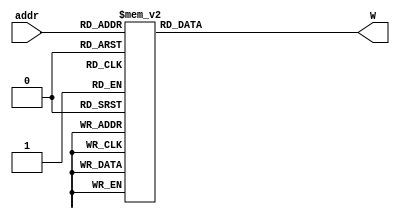
module w_lut (
   input wire [2:0] addr,
   output reg [31:0] W
);

   always @(*) begin

      case (addr)
         0: W = {16'h3C00,16'h0000} ;
         
         1: W = {16'h3B64 ,16'hB61F};

         2: W = {16'h39A8,16'hB9A8};

         3:W = {16'h361F ,16'hBB64};

         4:W = {16'h0000 ,16'hBC00}; 
         
         5:W = {16'hB61F,16'hBB64}; 

         6:W = {16'hB9A8 ,16'hB9A8};

         7:W = {16'hBB64 ,16'hB61F}; 

      endcase

   end

endmodule